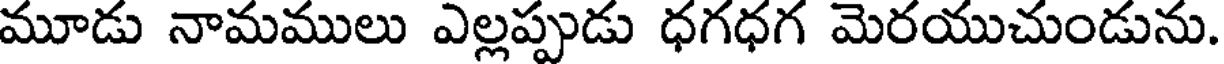
మూడు నామములు ఎల్లప్పుడు ధగధగ మెరయుచుండును.